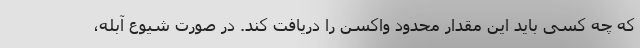
که چه کسی باید این مقدار محدود واکسن را دریافت کند. در صورت شیوع آبله،